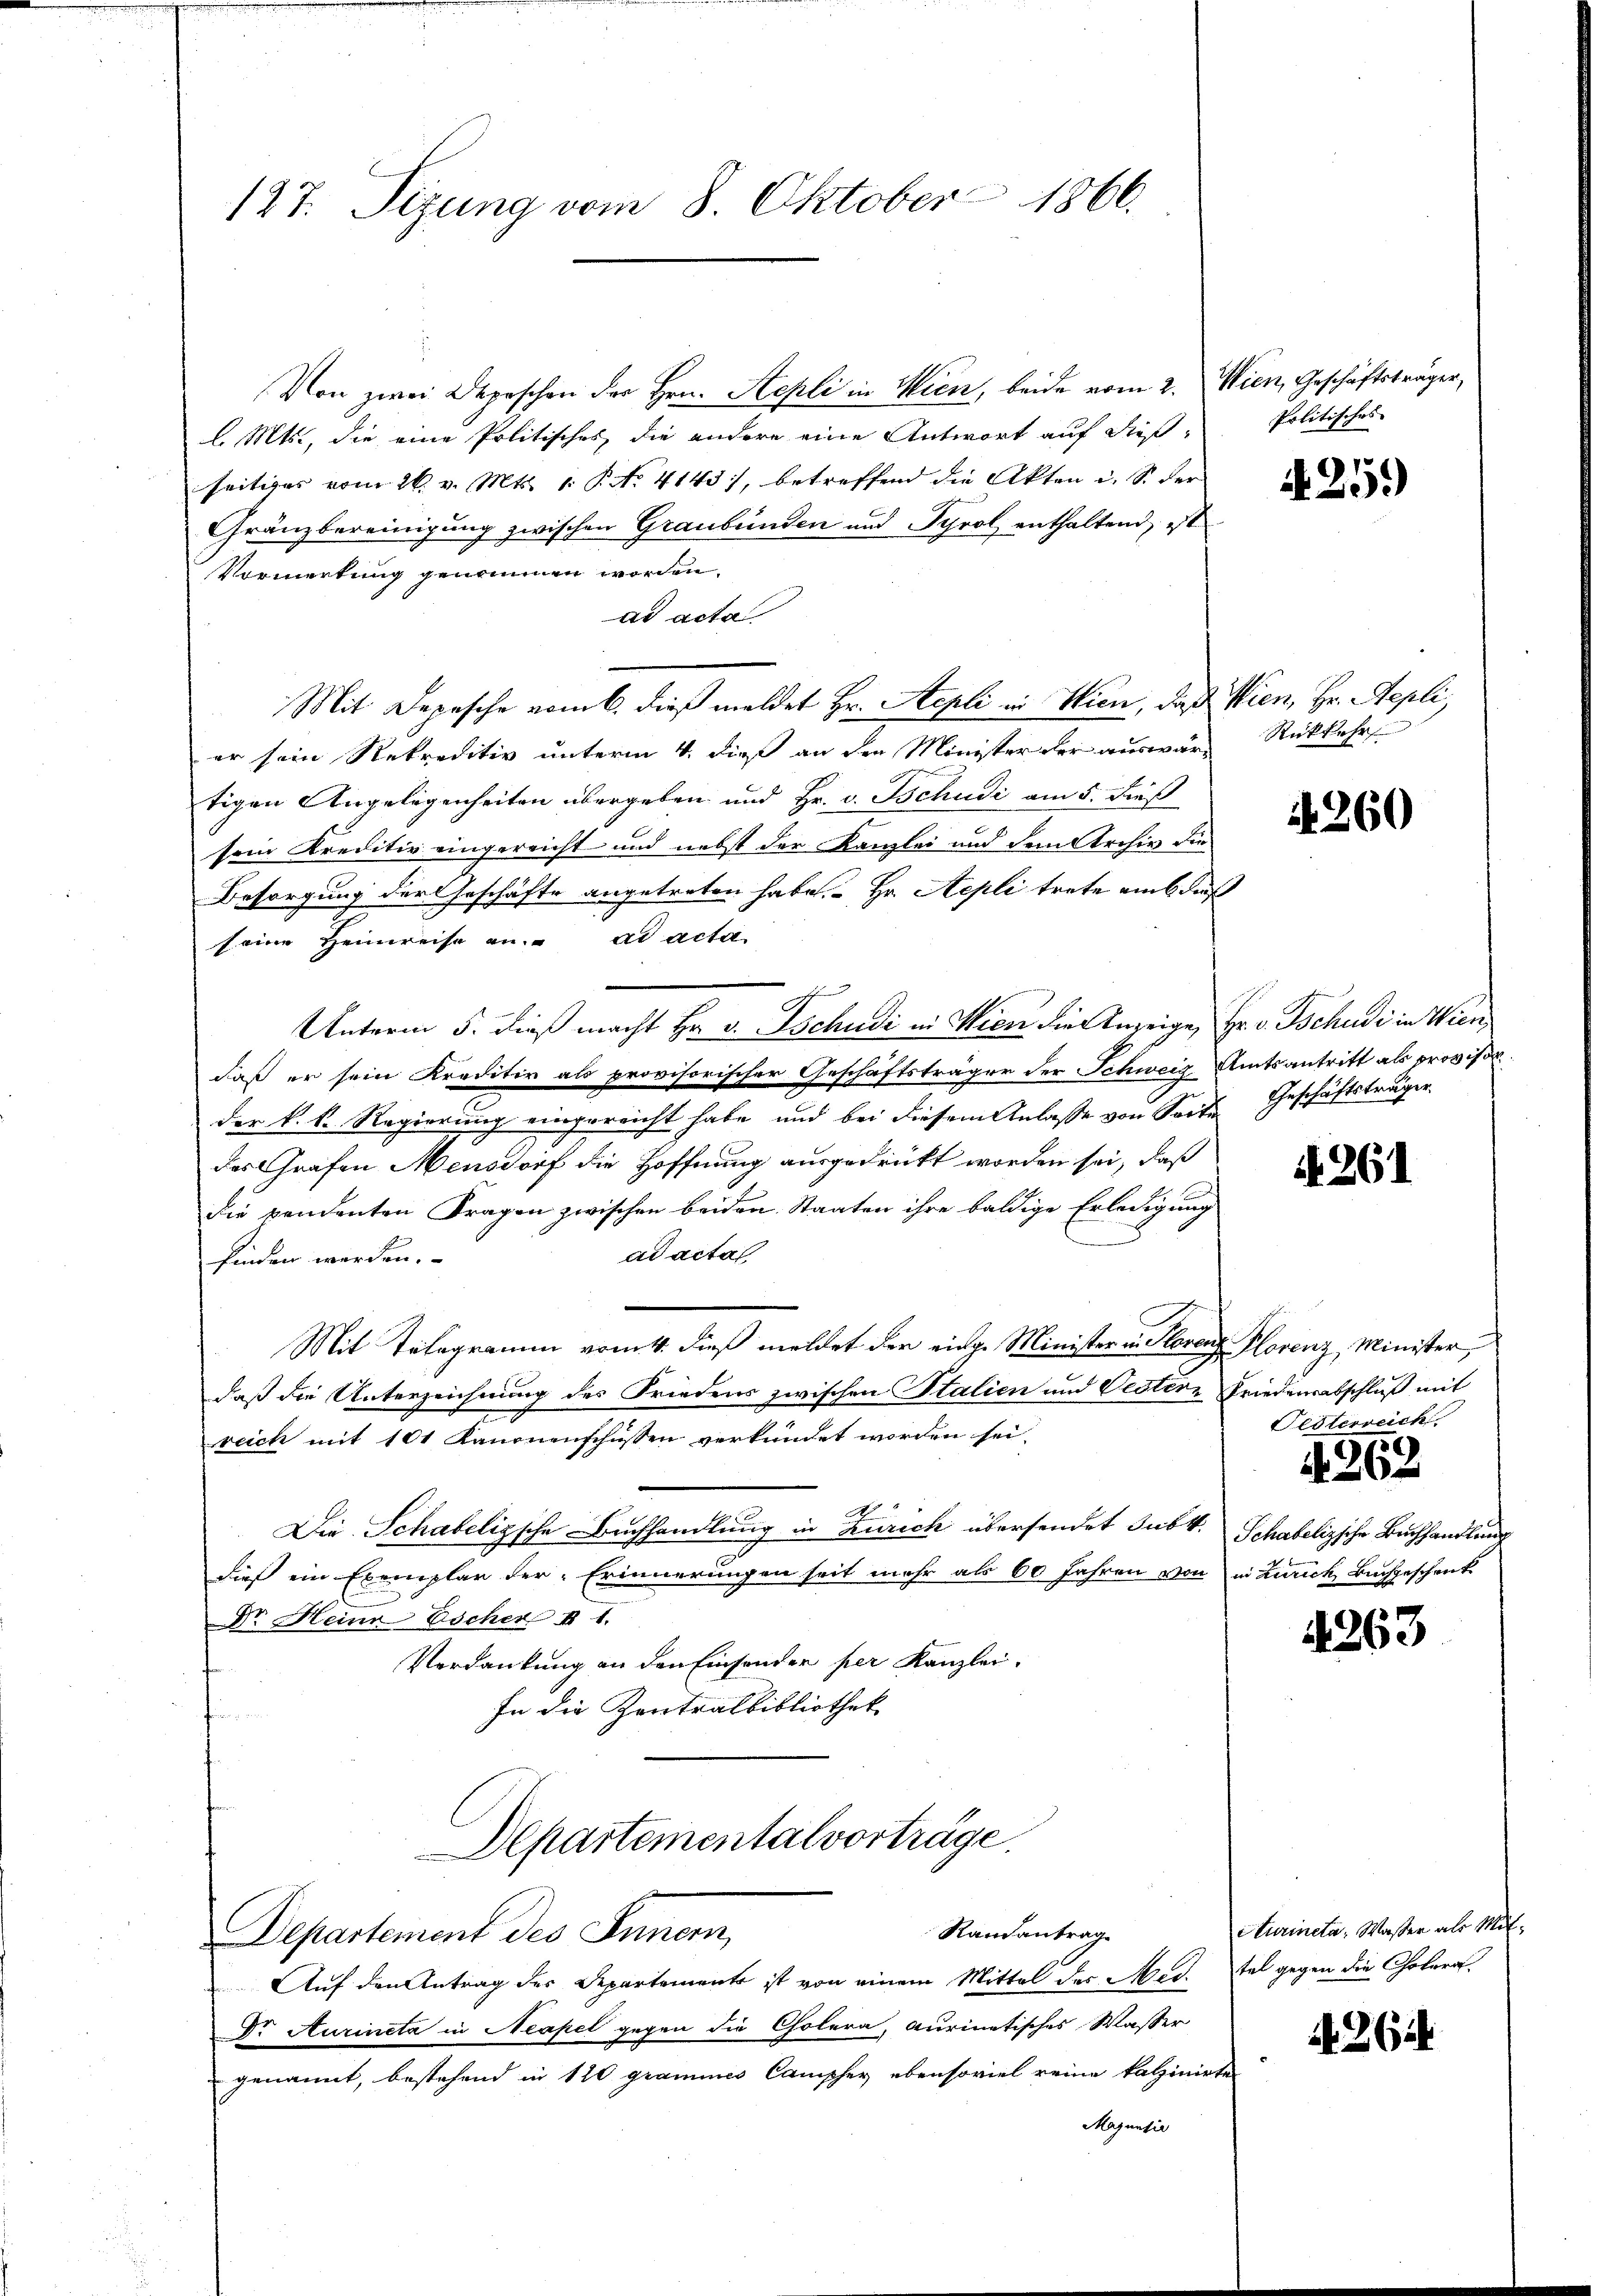
127. Sezung vom 8. Oktober 1866.

Von zwei Depeschen der Hrn. Sepli in Wien, beide vom 2. Wien, Geschäftsträger,
l. Mts., die eine Politisches, die andere eine Antwort auf dieß-
seitiges vom 26. v. Mts. 1. P. Nr. 4143), betreffend die Akten i. S. der
Gränzbereinigung zwischen Graubünden und Tyrol enthaltend, ist
Vormerkung genommen worden.
ad acta
er sein Rekreditiv unterm 4. dieß an den Minister der auswärtigen Angelegenheiten übergeben und Hr. v. Tschudi am 5. dieß
sein Kreditiv eingereicht und nebst der Kanzlei und dem Archiv die
Besorgung der Geschäfte angetreten habe. Hr. Repli trete aus dieß
seine Heimreise an. ad acta
Unterm 5. dieß macht Hr. v. Tschudi in Wien die Anzeige, Hr. v. Tschudi in Wien
daß er sein Kreditiv als provisorischer Geschäftsträger der Schweig Amtsantritt als provisor
der k. k. Regierung eingereicht habe, und bei diesem Anlasse von Seite
das Grafen Mensdorf die Hoffnung ausgedrückt worden sei, daß
die pendenten Fragen zwischen beiden Staaten ihre baldige Erledigung
ad acta
finden werden.
Mit Telegramm vom 4. dieß meldet der einge Minister u. Florenz Plorenz, Minister
daß die Unterzeichnung des Friedens zwischen Stalien und Oestere Friedensabschluß mit
reich mit 101 Kanonenschüssen verkündet worden sei.
Die Schabelische Buchhandlung in Zürich übersendet Subk. Schabelizsche Buchhandlung
dieß ein Exemplar der Erinnerungen seit mehr als 60 Jahren von in Zürich Buchgeschenk
Dr. Heinr Escher II 1.
Verdankung an den Einsonder per Kanzlei.
In die Zentralbibliothek
Departementalvorträge.
Randantrag
Departement des Innern,
Auf den Antrag der Departement ist von einem Mittel des Med. tel gegen die Cholera
Dr. Aurineta in Neapel gegen die Cholera, aurinetisches Wasser
genannt, bestehend in 120 grammes Campfer ebensoviel reine kalzinirte
Majunsic

Mit Depesche vom 6. dieß meldet Hr. Sepli in Wien, daß Wien, Hr. Sepli,

Politisches

A 251)

Rückkehr

A 260

Geschäftsträger.

A. 261

Festerreich

4362

4263

Aturineta, Wasser als Mit¬

264